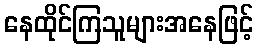
နေထိုင်ကြသူများအနေဖြင့်